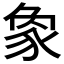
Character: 𧰼